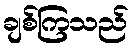
ချစ်ကြသည်